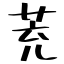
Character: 茺